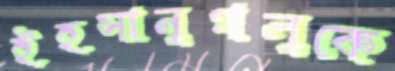
ইহসানুগলুকে